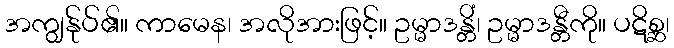
အကျွန်ုပ်၏။ ကာမေန၊ အလိုအားဖြင့်။ ဥမ္မာဒန္တိံ၊ ဥမ္မာဒန္တီကို။ ပဋိစ္ဆ၊